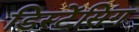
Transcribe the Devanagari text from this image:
डिस्टेंसिंग